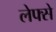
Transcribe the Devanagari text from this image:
लेफ्से